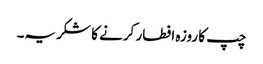
چپ کا روزہ افطار کرنے کا شکریہ۔